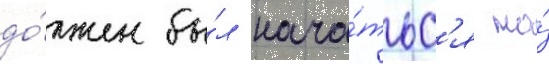
до́лжен бы́л нача́тьс'я на́